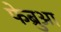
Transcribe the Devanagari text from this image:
फेब्रुआ